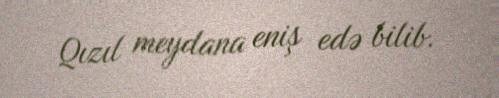
Qızıl meydana eniş edə bilib.